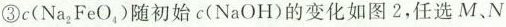
③c(Na_{2}FeO_{4})随初始c(NaOH)的变化如图2，任选M、N